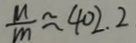
\frac { M } { m } \approx 4 0 2 . 2